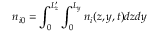
n _ { i 0 } = \int _ { 0 } ^ { L _ { z } ^ { \prime } } \int _ { 0 } ^ { L _ { y } } n _ { i } ( z , y , t ) d z d y